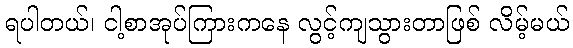
ရပါတယ်၊ ငါ့စာအုပ်ကြားကနေ လွင့်ကျသွားတာဖြစ် လိမ့်မယ်